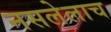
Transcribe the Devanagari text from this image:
नसलेलाच